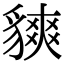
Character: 𧴅